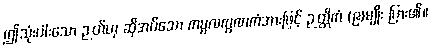
ဤသုံးပါးသော ဉတ်ဟု ဆိုအပ်သော ကမ္မလက္ခဏကံအားဖြင့် ဉတ္တိကံ (၉)မျိုး ပြား၏။